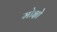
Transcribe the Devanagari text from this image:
मोक्षो